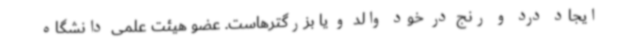
ایجاد درد و رنج در خود والد و یا بزرگترهاست. عضو هیئت علمی دانشگاه